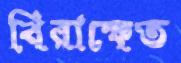
খিরাক্ষেত